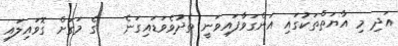
އަދި މި އާޔަތްތަކުގައި އަންގަވާފައިވަނީ ތެދުވެވަޑައިގަނެ   ގެ މަގަށް ގޮވައިލައި